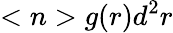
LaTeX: <n>g(r)d^{2}r